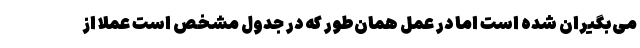
می‌بگیران شده است اما در عمل همان‌طور که در جدول مشخص است عملاً از